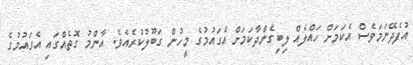
އުފެދޭނަމަވެސް އެކަމަށް ހައްލެއް ލިބިގެންދާކަމަށް އެގައުމުގެ މީހުން ގަބޫލުކުރެއެވެ. އާންމު ގޮތެއްގައި އެގައުމުގެ